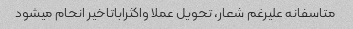
متاسفانه علیرغم شعار، تحویل عملا واکثراباتاخیر انحام میشود